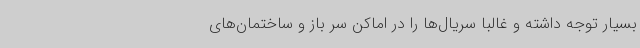
بسیار توجه داشته و غالبا سریال‌ها را در اماکن سر باز و ساختمان‌های